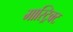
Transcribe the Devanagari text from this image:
मास्ट्रिक्ट